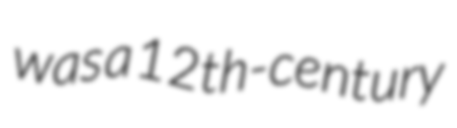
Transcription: was a 12th-century